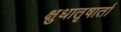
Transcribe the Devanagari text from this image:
क्षुधातृषार्ता